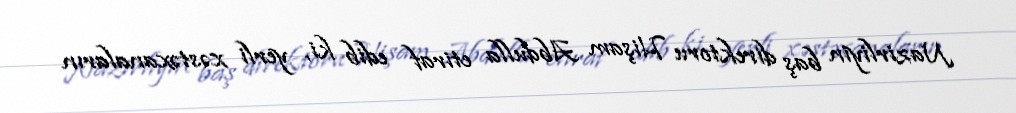
Nazirliyin baş direktoru Hişam Abdulla etiraf edib ki, yerli xəstəxanaların